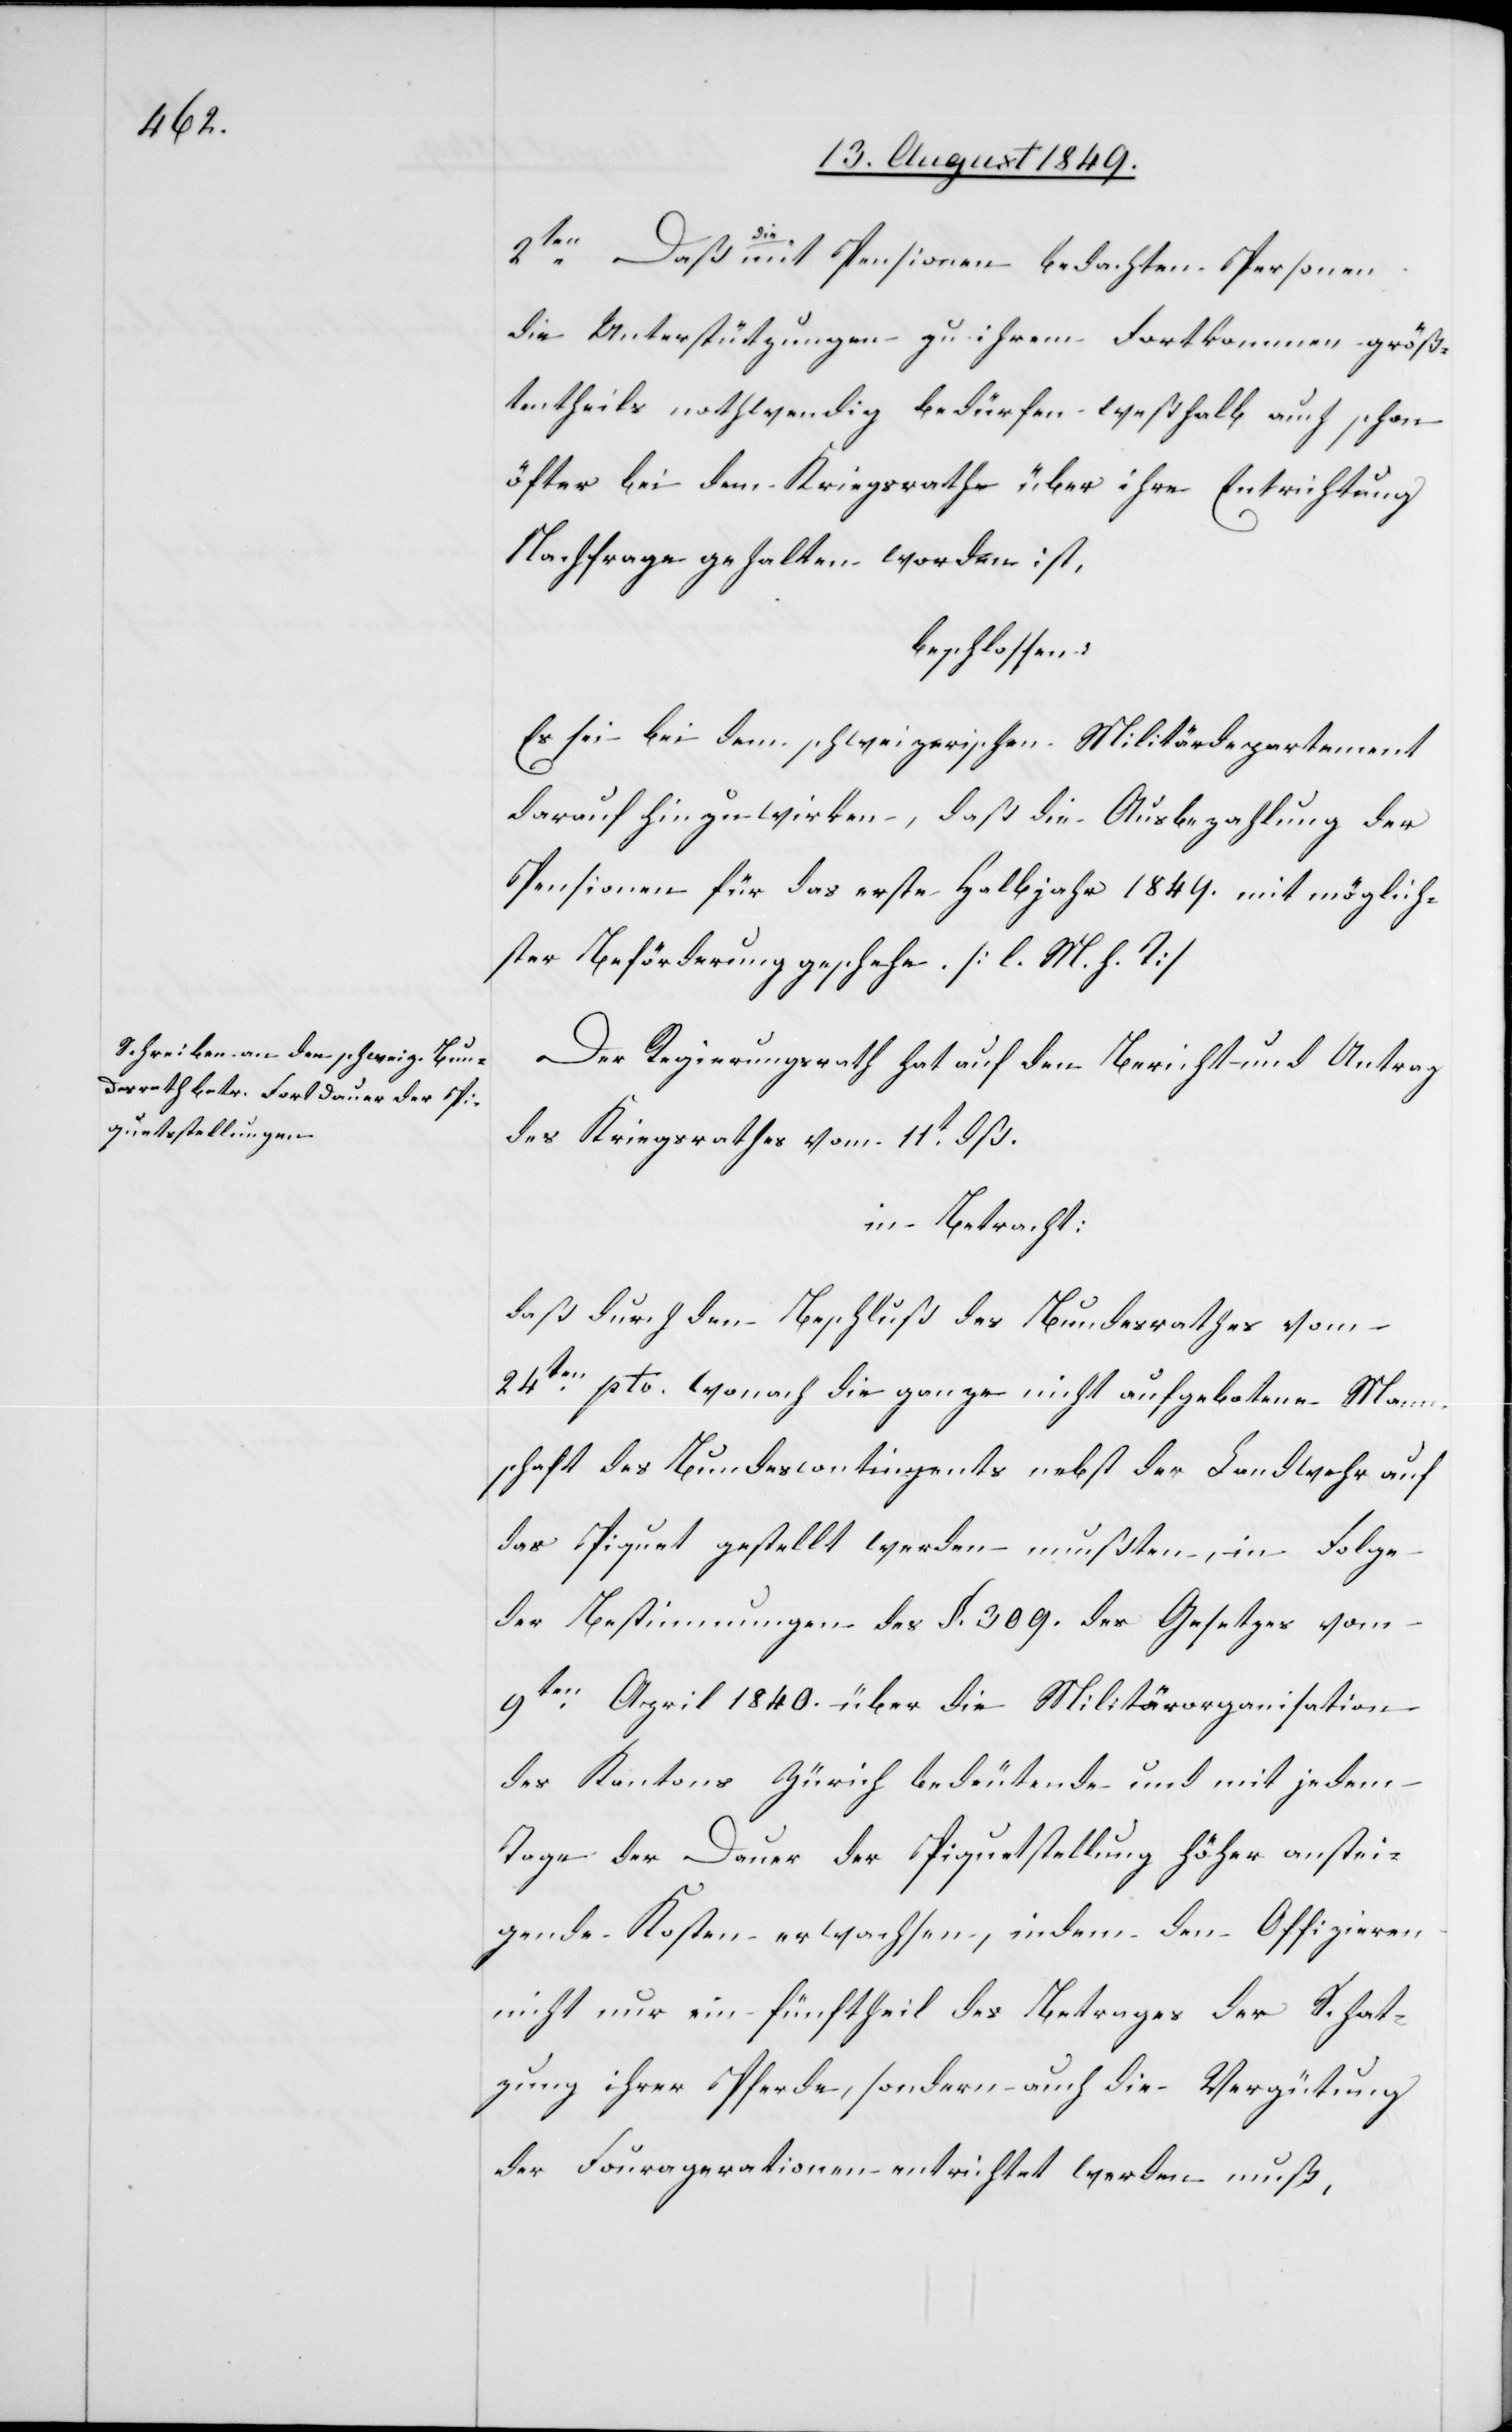
2ten Daß a-die-a mit Pensionen bedachten Personen
die Unterstützungen zu ihrem Fortkommen größ¬
tentheils nothwendig bedürfen weßhalb auch schon
öfter bei dem Kriegsrathe über ihre Entrichtung
Nachfrage gehalten worden ist,
beschlossen:
Es sei bei dem schweizerischen Militärdepartement
darauf hin zu wirken, daß die Ausbezahlung der
Pensionen für das erste Halbjahr 1849. mit möglich¬
ster Beförderung geschehe. [l. M. h. T]
Der Regierungsrath hat auf den Bericht und Antrag
des Kriegsrathes vom 11t dß.
in Betracht:
daß durch den Beschluß des Bundesrathes vom
24ten pto. wonach die ganze nicht aufgebotene Mann¬
schaft des Bundescontingents nebst der Landwehr auf
das Piquet gestellt werden mußten, in Folge
der Bestimmungen des §. 309. des Gesetzes vom
9ten April 1840. über die Militärorganisation
des Kantons Zürich bedeutende und mit jedem
Tage der Dauer der Piquetstellung höher anstei¬
gende Kosten erwachsen, indem den Offizieren
nicht nur ein fünftheil des Betrages der Schat¬
zung ihrer Pferde, sondern auch die Vergütung
der Fouragerationen entrichtet werden muß,